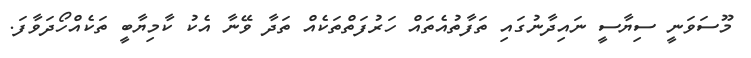
މޫސަވަނީ ސިޔާސީ ނައިދާނުގައި ތަފާތުއެތައް ހަރުފަތްތަކެއް ތަދާ ވޭނާ އެކު ކާމިޔާބީ ތަކެއްހޯދަވާފަ.